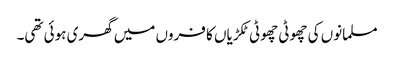
مسلمانوں کی چھوٹی چھوٹی ٹکڑیاں کا فروں میں گھری ہوئی تھی۔